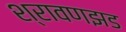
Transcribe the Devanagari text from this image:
श्रावणझड